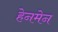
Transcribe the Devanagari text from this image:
हेनमेन